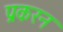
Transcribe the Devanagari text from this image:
प्रकरन